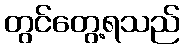
တွင်တွေ့ရသည်